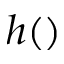
h ( )